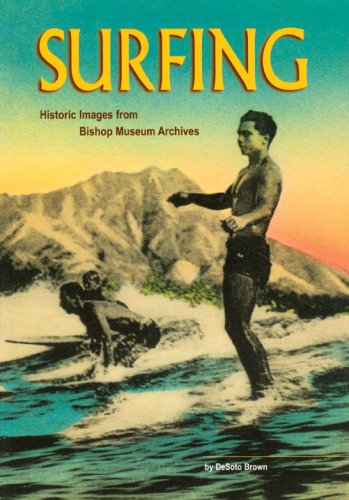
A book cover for Surfing: Historic Images from the Bishop Museum Archives; Desoto Brown; Sports & Outdoors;